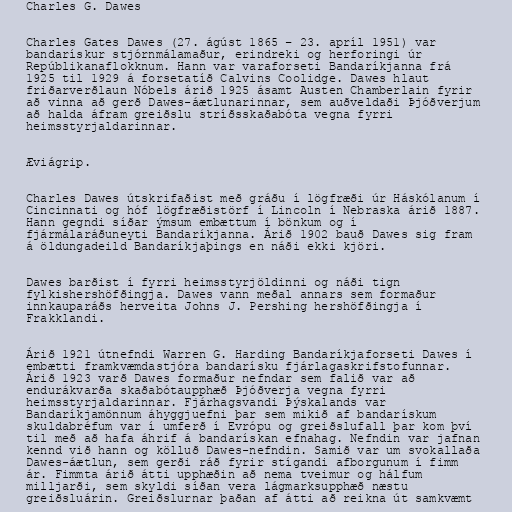
Charles G. Dawes

Charles Gates Dawes (27. ágúst 1865 – 23. apríl 1951) var
bandarískur stjórnmálamaður, erindreki og herforingi úr
Repúblikanaflokknum. Hann var varaforseti Bandaríkjanna frá
1925 til 1929 á forsetatíð Calvins Coolidge. Dawes hlaut
friðarverðlaun Nóbels árið 1925 ásamt Austen Chamberlain fyrir
að vinna að gerð Dawes-áætlunarinnar, sem auðveldaði Þjóðverjum
að halda áfram greiðslu stríðsskaðabóta vegna fyrri
heimsstyrjaldarinnar.

Æviágrip.

Charles Dawes útskrifaðist með gráðu í lögfræði úr Háskólanum í
Cincinnati og hóf lögfræðistörf í Lincoln í Nebraska árið 1887.
Hann gegndi síðar ýmsum embættum í bönkum og í
fjármálaráðuneyti Bandaríkjanna. Árið 1902 bauð Dawes sig fram
á öldungadeild Bandaríkjaþings en náði ekki kjöri.

Dawes barðist í fyrri heimsstyrjöldinni og náði tign
fylkishershöfðingja. Dawes vann meðal annars sem formaður
innkauparáðs herveita Johns J. Pershing hershöfðingja í
Frakklandi.

Árið 1921 útnefndi Warren G. Harding Bandaríkjaforseti Dawes í
embætti framkvæmdastjóra bandarísku fjárlagaskrifstofunnar.
Árið 1923 varð Dawes formaður nefndar sem falið var að
endurákvarða skaðabótaupphæð Þjóðverja vegna fyrri
heimsstyrjaldarinnar. Fjárhagsvandi Þýskalands var
Bandaríkjamönnum áhyggjuefni þar sem mikið af bandarískum
skuldabréfum var í umferð í Evrópu og greiðslufall þar kom því
til með að hafa áhrif á bandarískan efnahag. Nefndin var jafnan
kennd við hann og kölluð Dawes-nefndin. Samið var um svokallaða
Dawes-áætlun, sem gerði ráð fyrir stígandi afborgunum í fimm
ár. Fimmta árið átti upphæðin að nema tveimur og hálfum
milljarði, sem skyldi síðan vera lágmarksupphæð næstu
greiðsluárin. Greiðslurnar þaðan af átti að reikna út samkvæmt